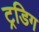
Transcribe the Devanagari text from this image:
ट्रडिग